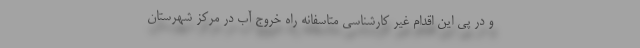
و در پی این اقدام غیر کارشناسی متاسفانه راه خروج آب در مرکز شهرستان